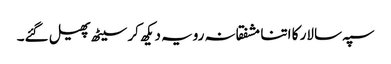
سپہ سالار کا اتنا مشفقانہ رویہ دیکھ کر سیٹھ پھیل گئے۔